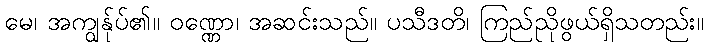
မေ၊ အကျွန်ုပ်၏။ ဝဏ္ဏော၊ အဆင်းသည်။ ပသီဒတိ၊ ကြည်ညိုဖွယ်ရှိသတည်း။